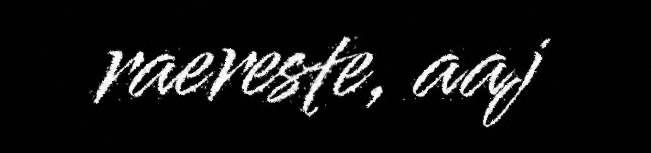
raereste, aaj